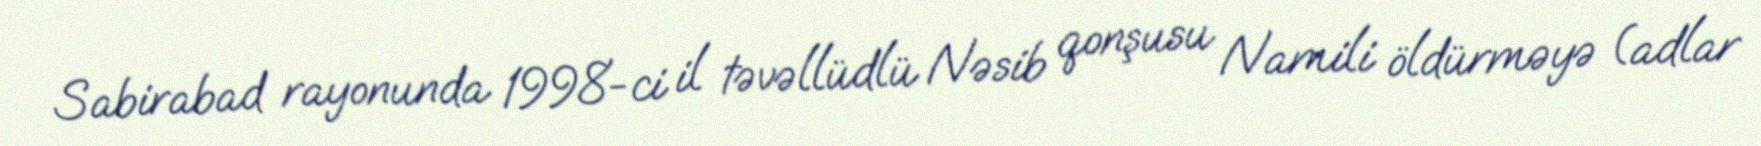
Sabirabad rayonunda 1998-ci il təvəllüdlü Nəsib qonşusu Namili öldürməyə (adlar